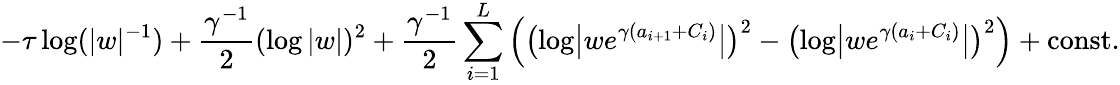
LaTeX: -\tau\log(|w|^{-1})+\frac{\gamma^{-1}}{2}(\log|w|)^{2}+\frac{\gamma^{-1}}{2}\sum_{i=1}^{L}\left(\bigl(\log\bigl|we^{\gamma(a_{i+1}+C_{i})}\bigr|\bigr)^{2}-\bigl(\log\bigl|we^{\gamma(a_{i}+C_{i})}\bigr|\bigr)^{2}\right)+\mathrm{const}.